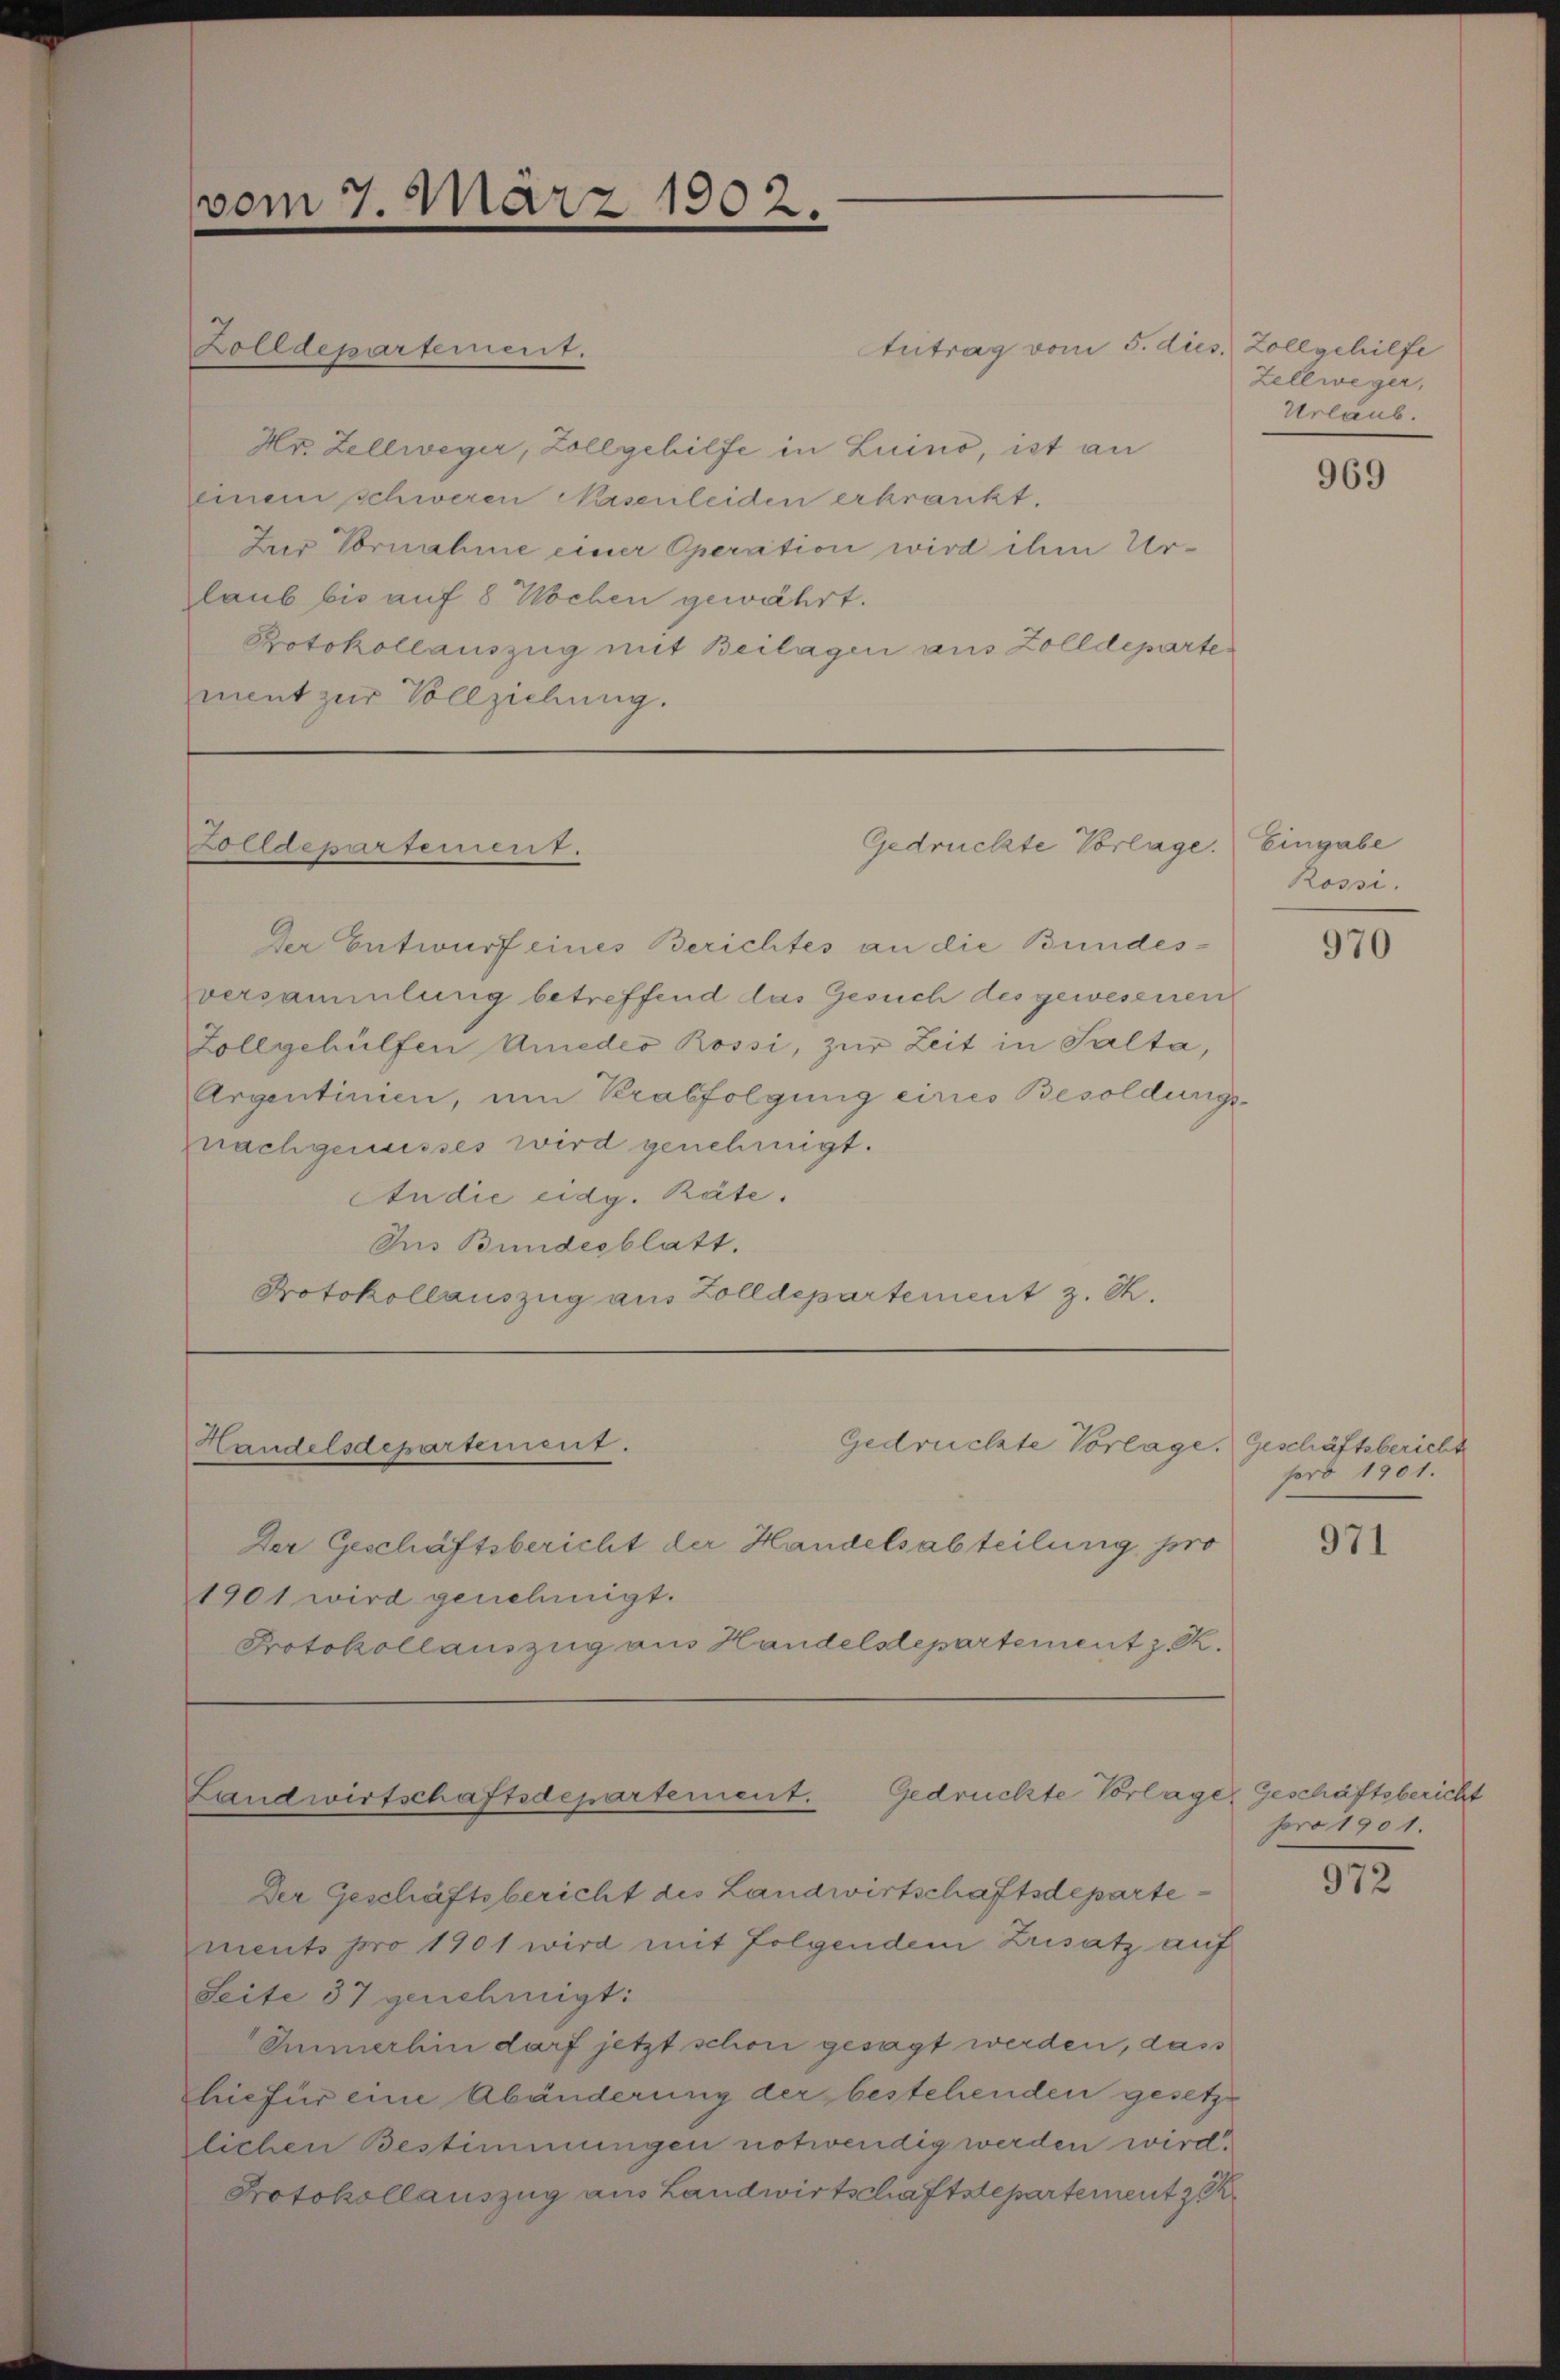
vom 7 März 1902.

Antrag vom 5. dies
Hr. Zellweger, Zollgehilfe in Luino, ist an
einem schweren Nasenleiden erkrankt.
Zur Vornahme einer Operation wird ihm Urlaub bis auf 8 Wochen gewährt.
Protokollauszug mit Beilagen aus Zolldeparte
ment zur Vollziehung.

Zolldepartement.

Gedrückte Vorlage.
Zolldepartement.

Der Entwurf eines Berichtes an die Bundes¬
Eversammlung betreffend das Gesuch des gewesenen
Zollgehülfen Amedes Rossi, zur Zeit in Salta,
Argentinien, um Krabfolgung eines Besoldungsnachgenusses wird genehmigt.
Audie eidg. Räte.
Aus Bundesblatt.
Protokollauszug aus Zolldepartement z. B.

Gedrückte Vorlage.
Handelsdepartement.

Der Geschäftsbericht der Handelsabteilung pro
1901 wird genehmigt.
Protokollauszug aus Handelsdepartement z. R.

Gedrückte Vorlager Geschäftsbericht
Landwirtschaftsdepartement.

Der Geschäftsbericht des Landwirtschaftsdepartements pro 1901 wird mit folgendem Zusatz auf
Seite 37 genehmigt:
Immerhin darf jetzt schon gesagt werden, dass
hiefür eine Abänderung der bestehenden gesetzt
lichen Bestimmungen notwendig werden wird.
Protokollauszug aus Landwirtschaftslepartement zu

Zollgehilfe
Zellweger,
Urlaub.

969

Eingabe
Rossi.

970

Geschäftsbericht
pro 1901.

971

pro 1901

972